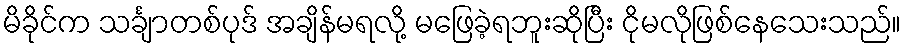
မိခိုင်က သင်္ချာတစ်ပုဒ် အချိန်မရလို့ မဖြေခဲ့ရဘူးဆိုပြီး ငိုမလိုဖြစ်နေသေးသည်။